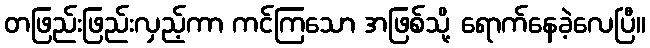
တဖြည်းဖြည်းလှည့်ကာ ကင်ကြသော အဖြစ်သို့ ရောက်နေခဲ့လေပြီ။